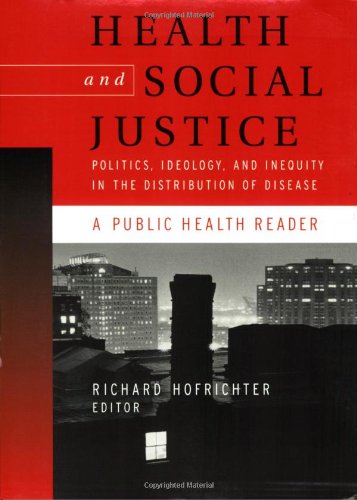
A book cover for Health and Social Justice: Politics, Ideology, and Inequity in the Distribution of Disease; Medical Books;